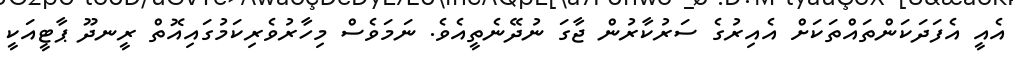
އެއީ އެފަދަކަންތައްތަކަށް އެއިރުގެ ސަރުކާރުން ޖާގަ ނުދޭނެތީއެވެ. ނަމަވެސް މިހާރުވެރިކަމުގައިއޮތް ރީނދޫ ޕާޓީއަކީ